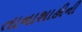
તાનાશાહીની